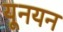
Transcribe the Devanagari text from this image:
यूनयन